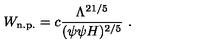
W _ { \mathrm { n . p . } } = c \frac { \Lambda ^ { 2 1 / 5 } } { ( \psi \psi H ) ^ { 2 / 5 } } \ .